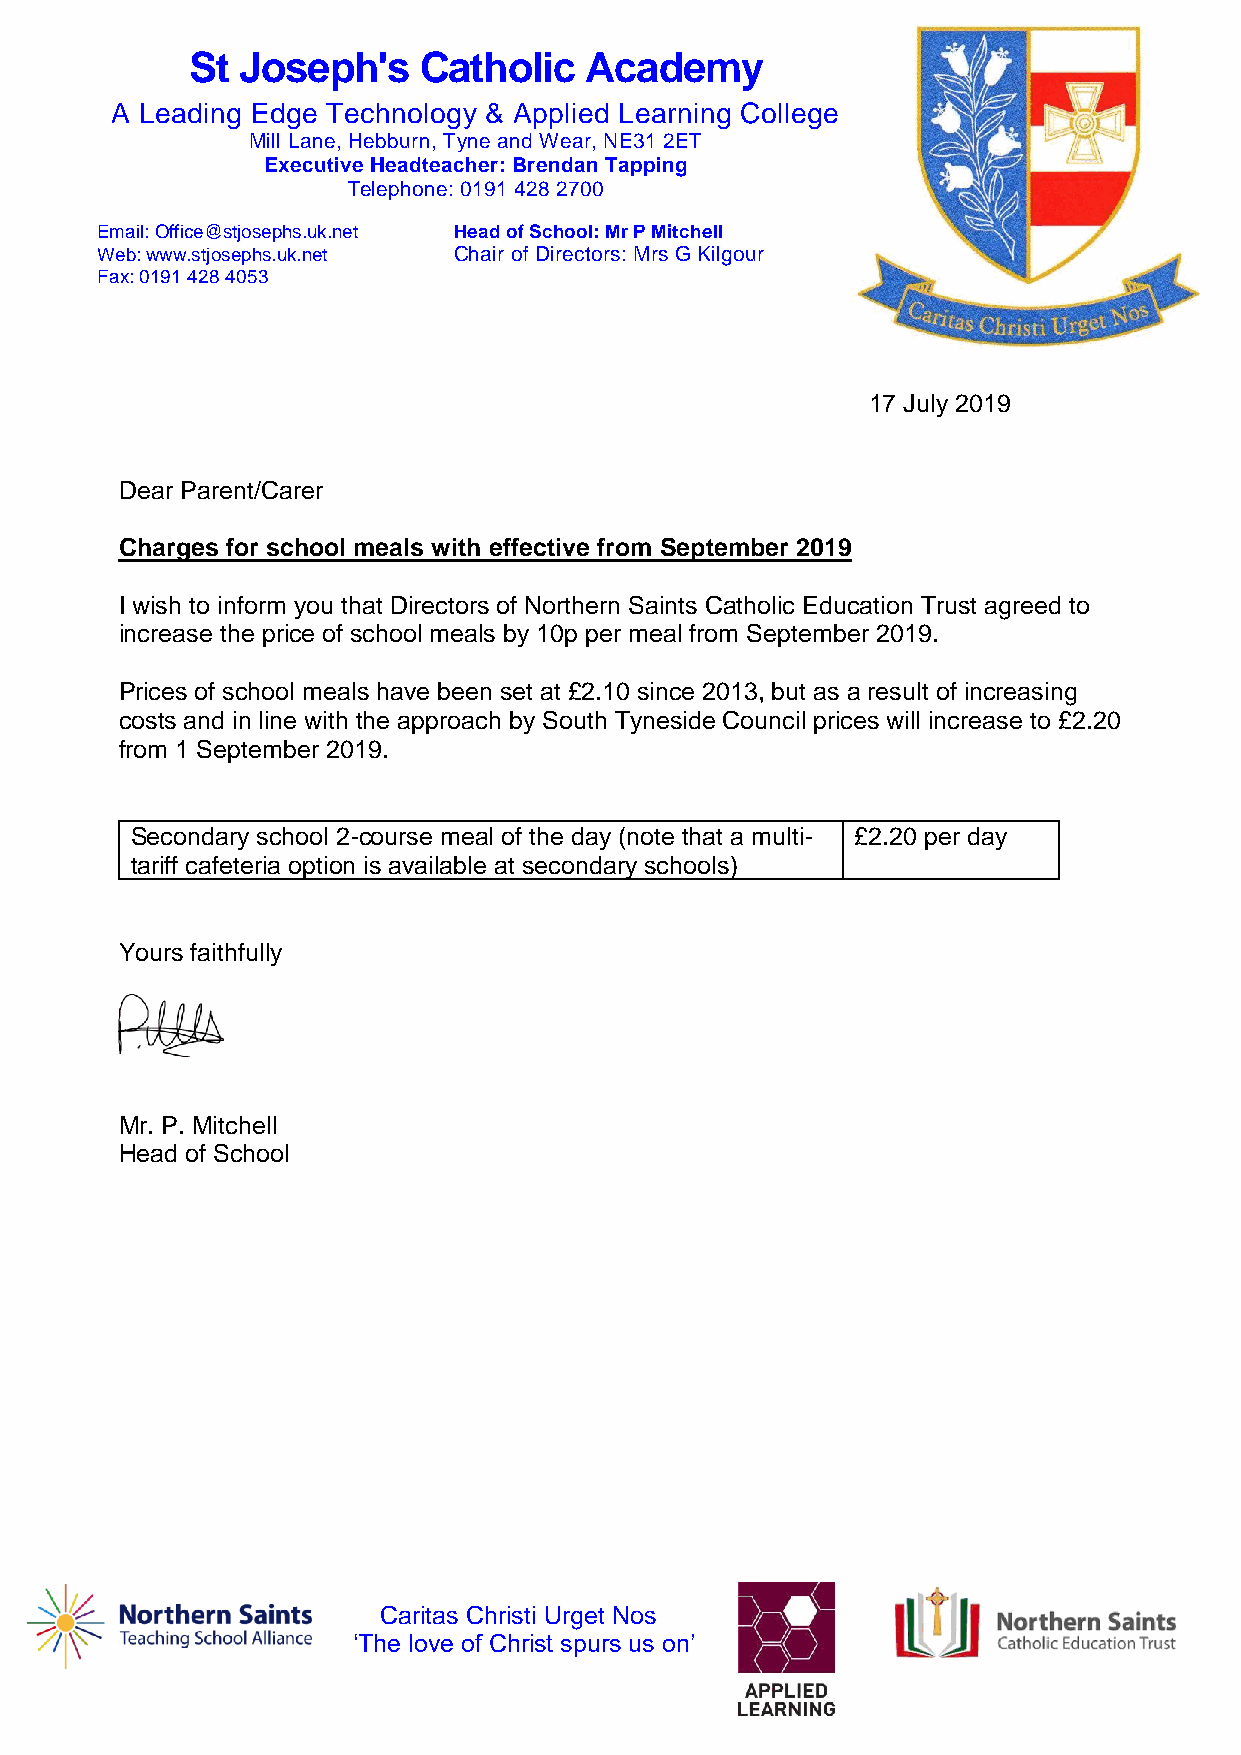
St Joseph's    Catholic   Academy
 A Leading Edge Technology & Applied Learning College
 Mill Lane, Hebburn, Tyne and Wear, NE31 2ET
 Executive Headteacher: Brendan Tapping
 Telephone: 0191 428 2700
 Email: Office@stjosephs.uk.net Head of School: Mr P Mitchell
 Web: www.stjosephs.uk.net Chair of Directors: Mrs G Kilgour
 Fax: 0191 428 4053
 17 July 2019
 Dear Parent/Carer
 Charges for school meals with effective from September 2019
 I wish to inform you that Directors of Northern Saints Catholic Education Trust agreed to
 increase the price of school meals by 10p per meal from September 2019.
 Prices of school meals have been set at £2.10 since 2013, but as a result of increasing
 costs and in line with the approach by South Tyneside Council prices will increase to £2.20
 from 1 September 2019.
 Secondary school 2-course meal of the day (note that a multi- £2.20 per day
 tariff cafeteria option is available at secondary schools)
 Yours faithfully
 Mr. P. Mitchell
 Head of School
 Caritas Christi Urget Nos
 ‘The love of Christ spurs us on’